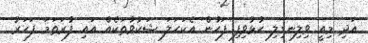
އަދި މިއީ ވިލިނގިލި ހުޅުވިފި ފަހުން އެކަހަލަ ޝަކުވާތަކެއް އައި ފުރަތަމަ ފަހަރު